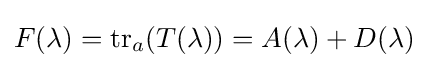
F(\lambda )=\mathrm {tr} _{a}(T(\lambda ))=A(\lambda )+D(\lambda )